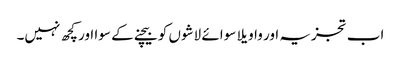
اب تجزیہ اور واویلا سوائے لاشوں کو بیچنے کے سوا اور کچھ نہیں۔